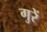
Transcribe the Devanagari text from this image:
गुरें